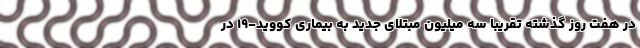
در هفت روز گذشته تقریبا سه میلیون مبتلای جدید به بیماری کووید-۱۹ در